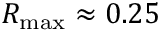
R _ { \mathrm { m a x } } \approx 0 . 2 5